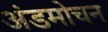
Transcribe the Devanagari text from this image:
अंडमोचन